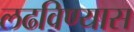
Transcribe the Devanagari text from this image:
लढविण्यास